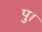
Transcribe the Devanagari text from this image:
पु।